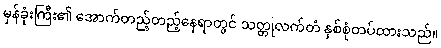
မှန်ခုံးကြီး၏ အောက်တည့်တည့်နေရာတွင် သတ္တုလက်တံ နှစ်စုံတပ်ထားသည်။